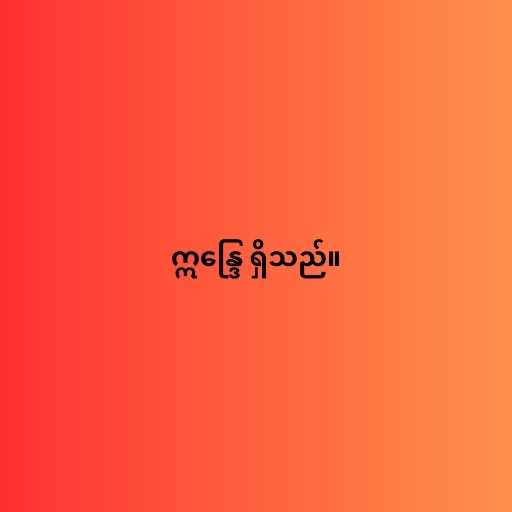
ဣန္ဒြေ ရှိသည်။